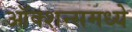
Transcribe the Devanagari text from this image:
ऑक्शन्समध्ये